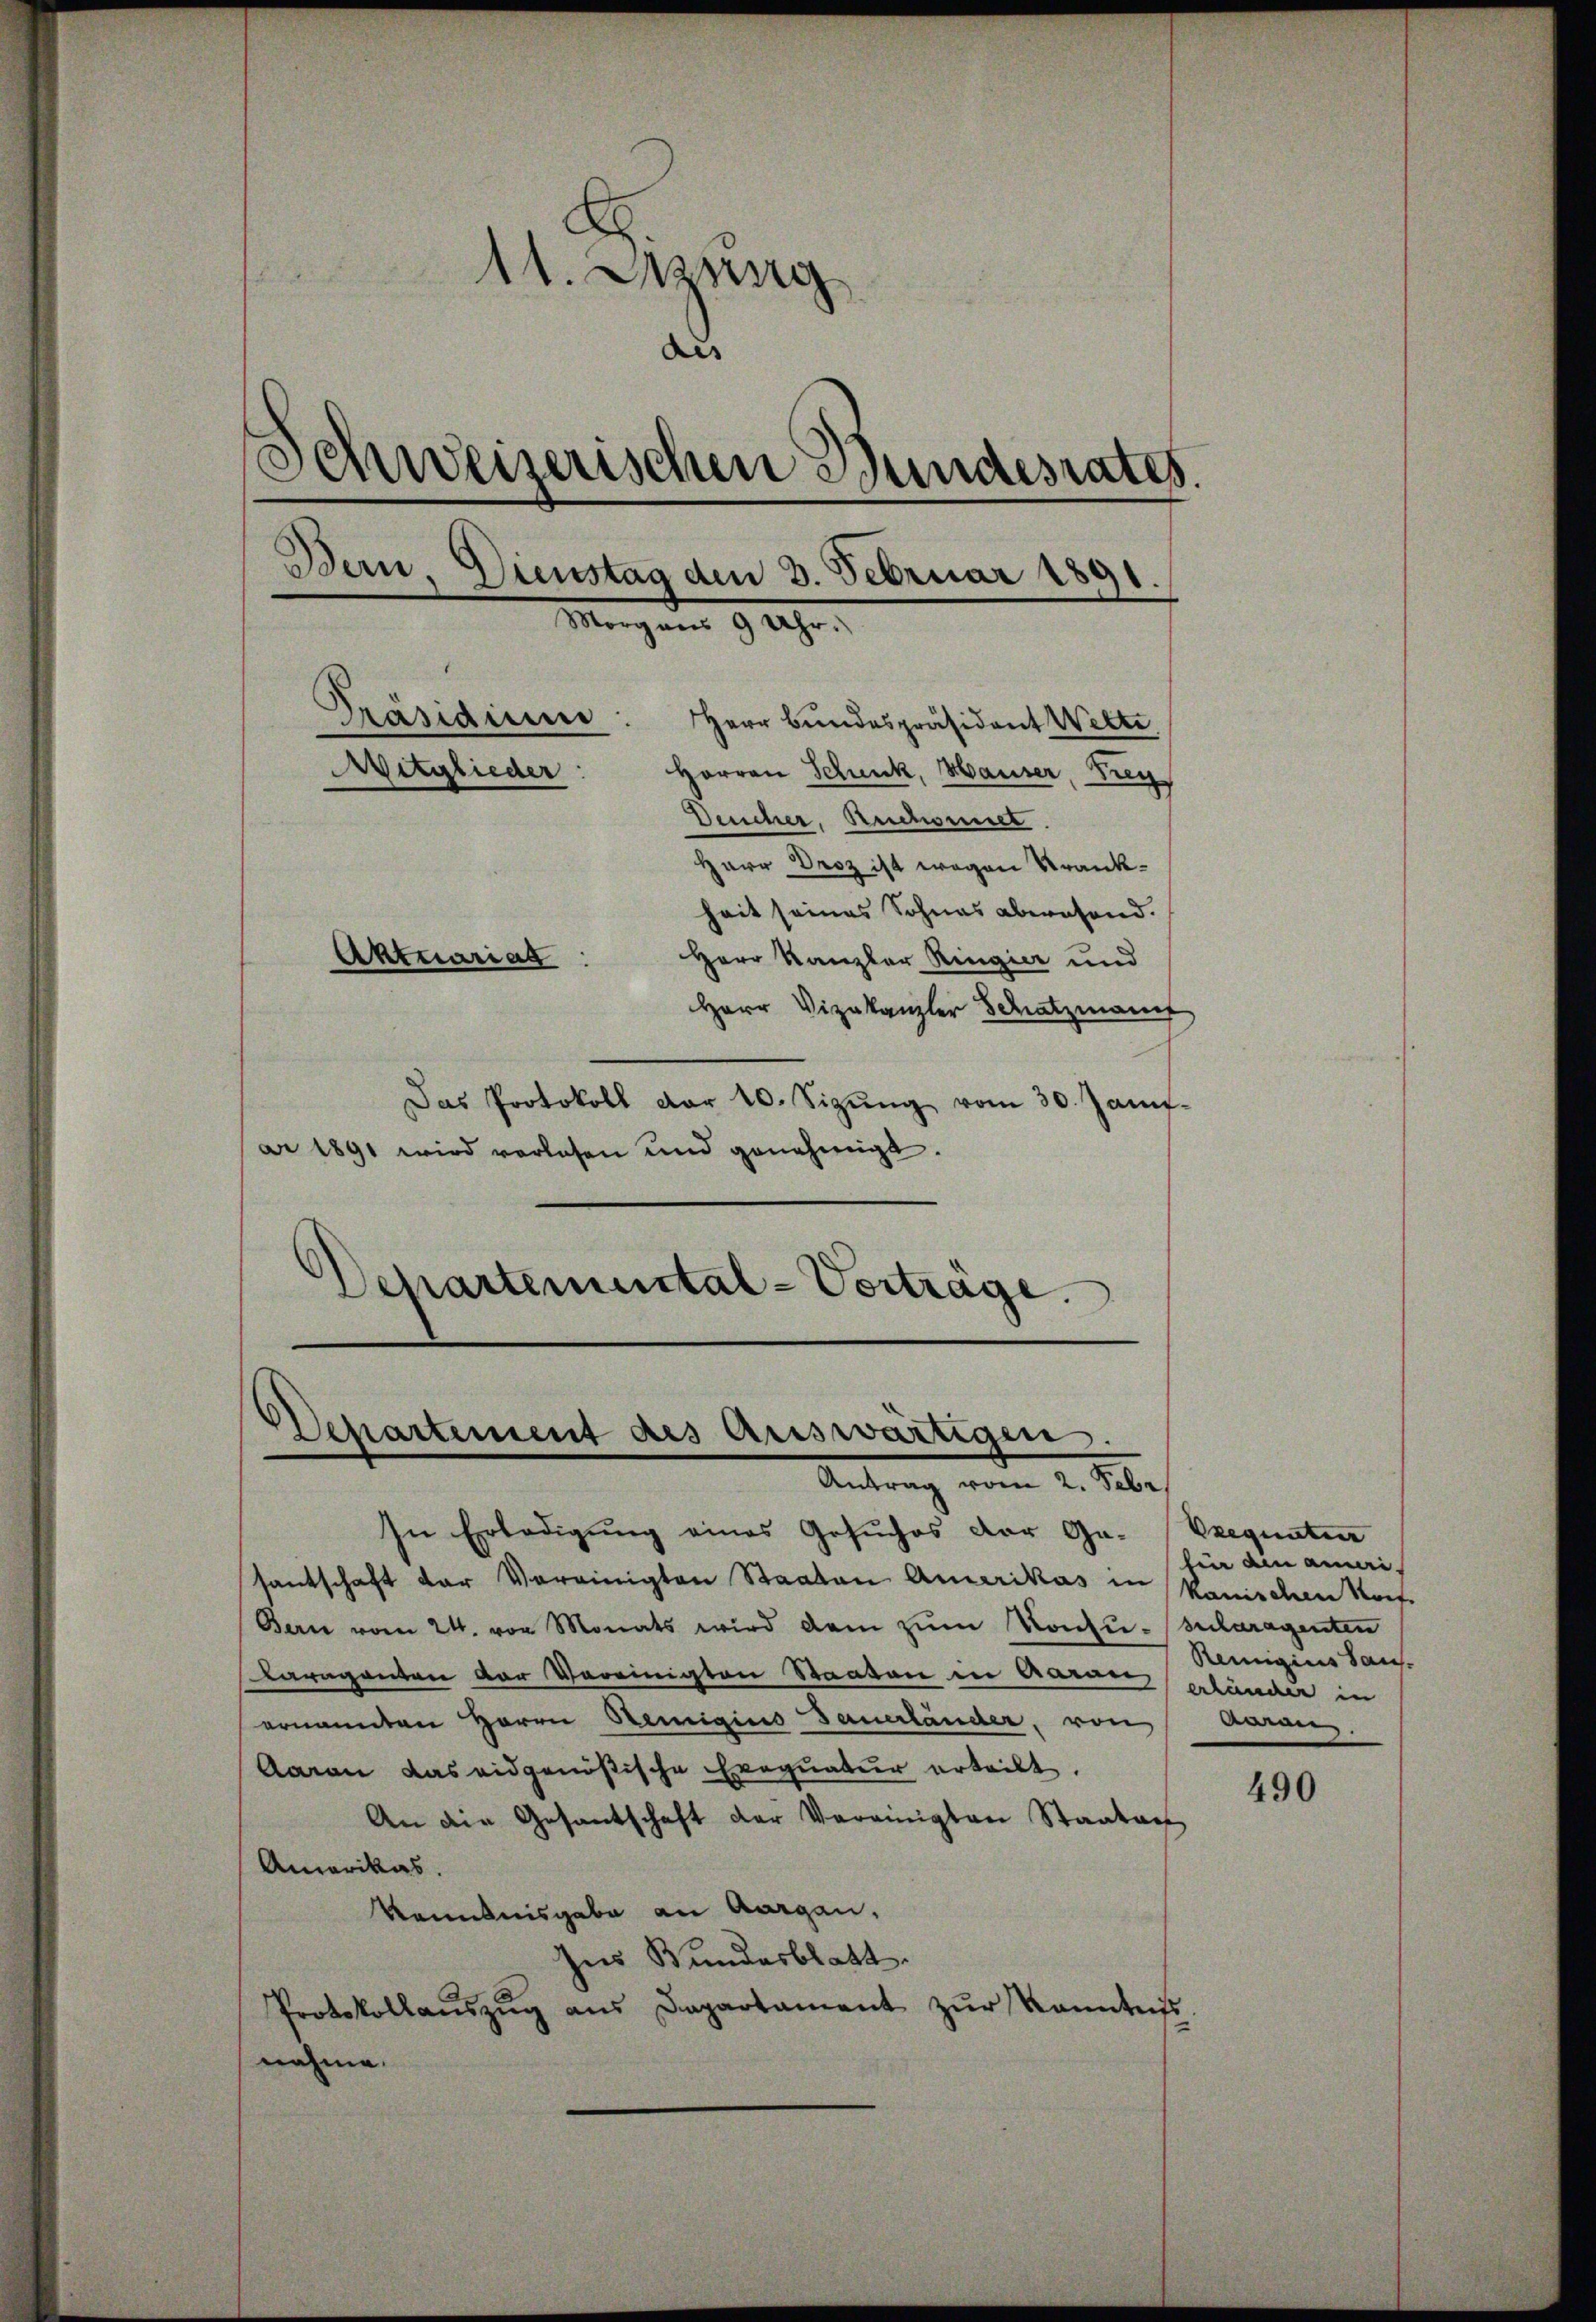
11. Jung
des
Schweizerischen Bundesrates.
Bern, Dienstag den 3. Februar 1891.
Machens 9
a
¬
Präsidium
Herr Bundespräsident Wette
Aitglieder:
Herren Schmuck, Hauser, Zug,
Deucher, Ruchorel
Herr Droz ist wegen Krankheit seines Sohnes abwesend.
Aktuariat
Herr Kanzler Ringier und
Herr Vizekanzler Schatzmannt

Das Protokoll dar 10. Sizŭng vom 30. Janis-
ar 1891 wird verlesen und genehmigt.
Departemental-Vorträge.

Departement des Auswärtigen.
Antrag vom 2. Febr.

In Erledigung eines Gesŭches der Ge- Exequaten
santschaft der Vereinigten Staaten Amerikas in kanischen Korf-
Bern vom 24. von Monats wird dem zum Konfusularagenten
karaganten der Vereinigten Staaten in Karner erländer in
ernannten Herrn Remigius Dauerländer, von Anreg
Aaran das eidgenößische Exequatur erteilt.
An die Gesantschaft der Vereinigten Staatant
Amerikas.
Kenntnisgabe an Aargau,
Ins Bundesblatt.
Protokollaŭszŭg ans Departament zŭr Kenntnis.
nahme.

hin ain ami¬
Remigius San.

490